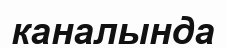
каналында